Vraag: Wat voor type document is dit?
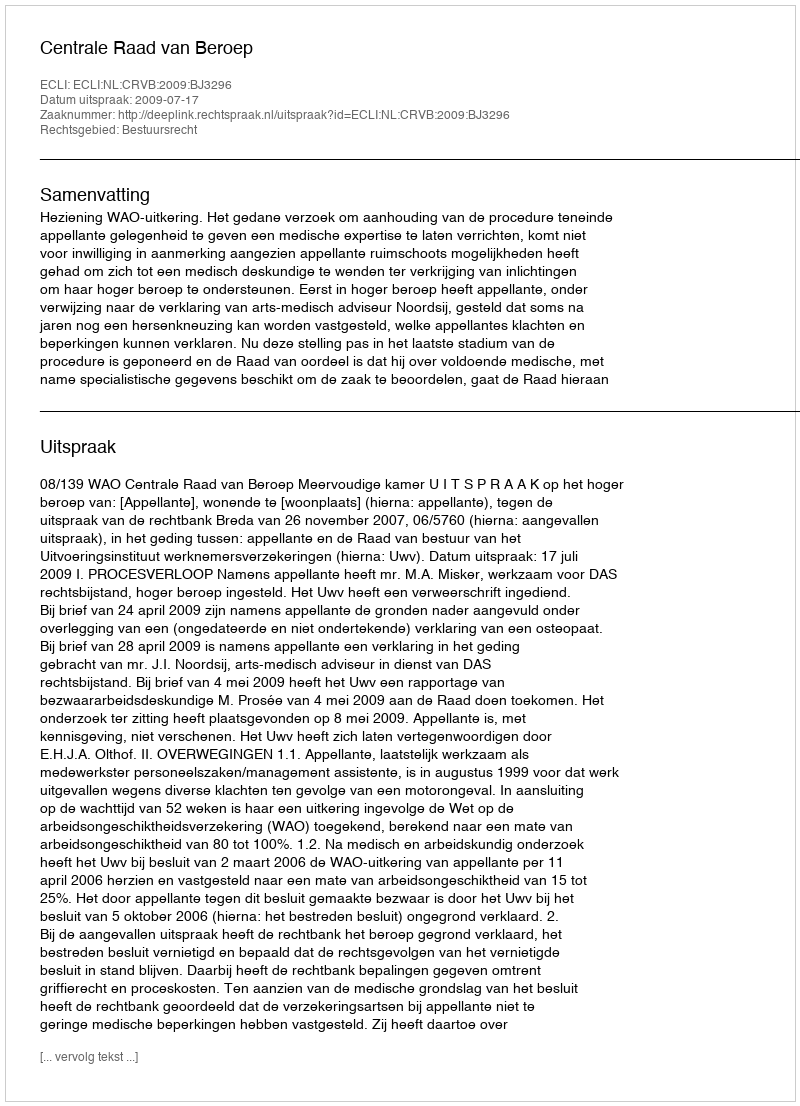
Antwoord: Uitspraak